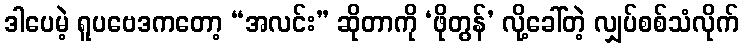
ဒါပေမဲ့ ရူပဗေဒကတော့ “အလင်း” ဆိုတာကို ‘ဖိုတွန်’ လို့ခေါ်တဲ့ လျှပ်စစ်သံလိုက်